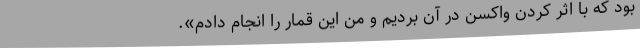
بود که با اثر کردن واکسن در آن بردیم و من این قمار را انجام دادم».